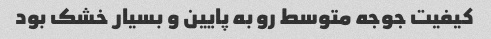
کیفیت جوجه متوسط رو به پایین و بسیار خشک بود